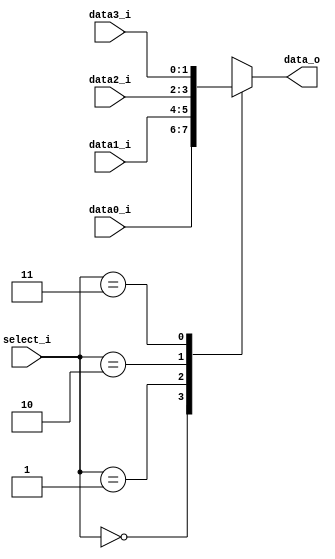
module MUX_4to1(
    data0_i,
    data1_i,
		data2_i,
		data3_i,
    select_i,
    data_o
    );

parameter size = 0;

//I/O ports
input   [size-1:0] data0_i;
input   [size-1:0] data1_i;
input		[size-1:0] data2_i;
input		[size-1:0] data3_i;
input   [2-1:0]		 select_i;
output  [size-1:0] data_o;

//Internal Signals
reg     [size-1:0] data_o;

always @(*) begin
	case(select_i)
	2'b00:
		begin
			data_o <= data0_i;
		end
	2'b01:
		begin
			data_o <= data1_i;
		end
	2'b10:
		begin
			data_o <= data2_i;
		end
	2'b11:
		begin
			data_o <= data3_i;
		end
	endcase
end

endmodule